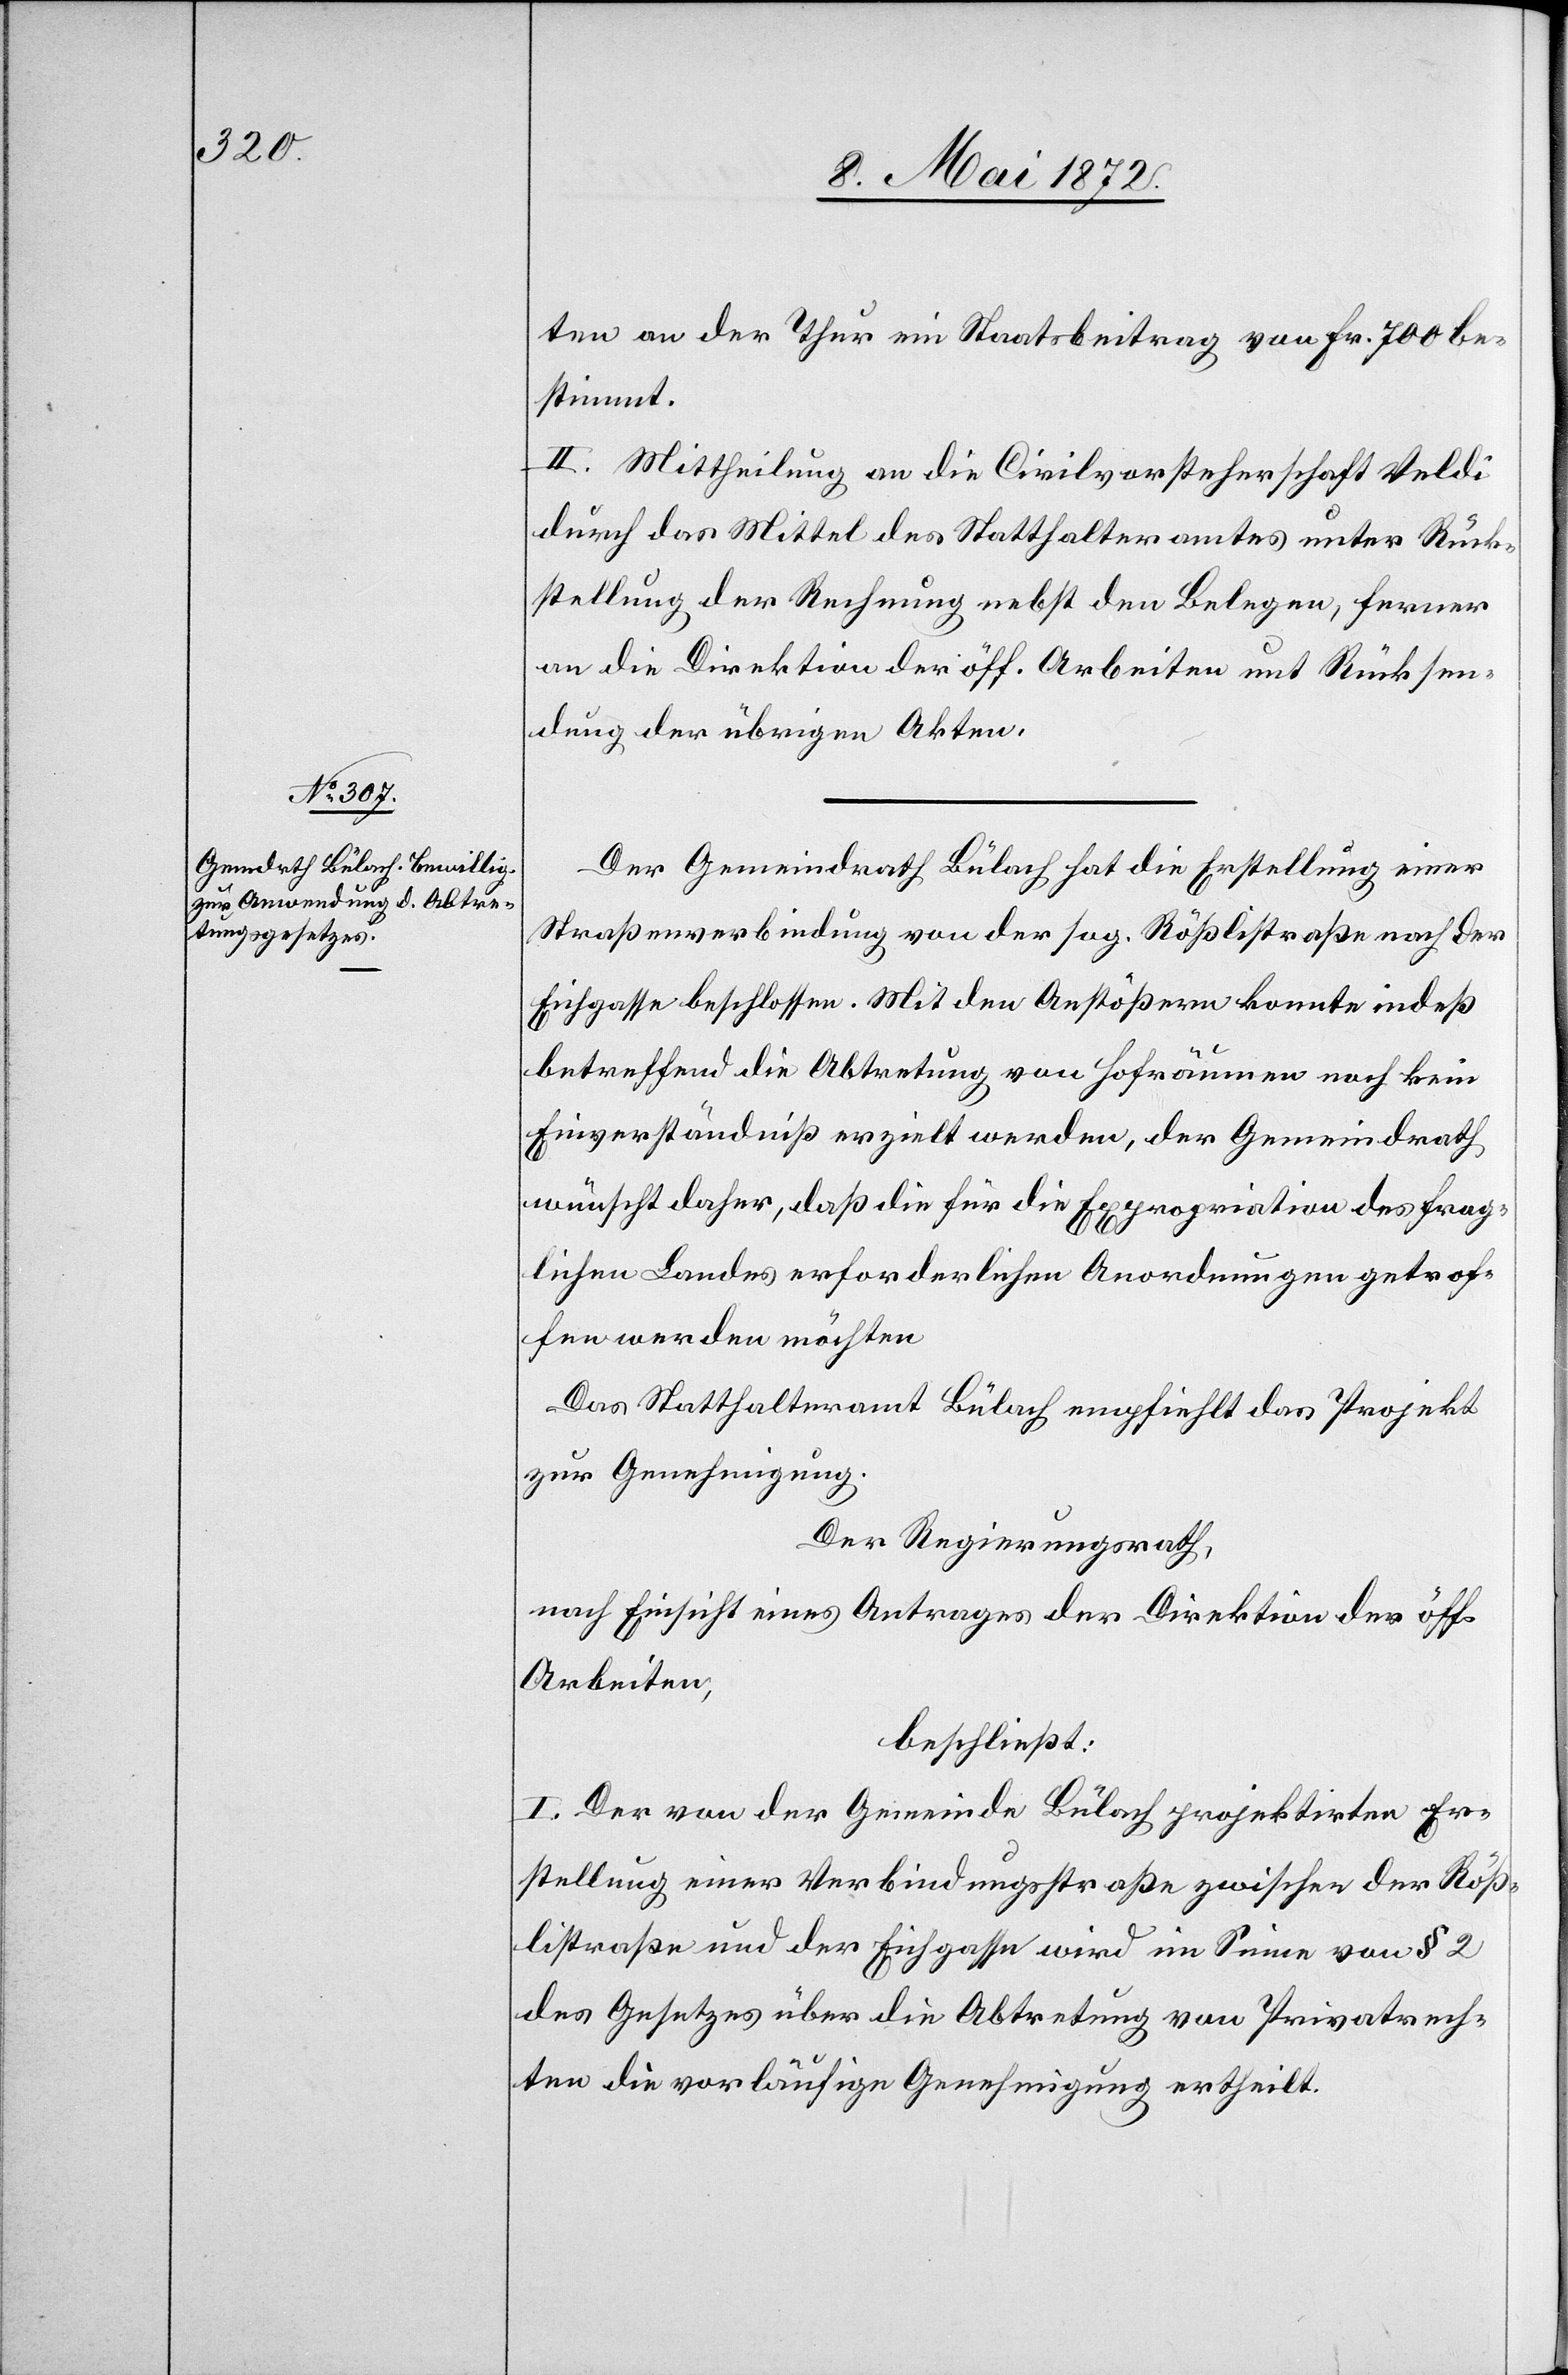
ten an der Thur ein Staatsbeitrag von Fr. 700 be¬
stimmt.
II. Mittheilung an die Civilvorsteherschaft Veldi
durch das Mittel des Statthalteramtes unter Rück¬
stellung der Rechnung nebst den Belegen, ferner
an die Direktion der öff. Arbeiten und Rücksen¬
dung der übrigen Akten.
Der Gemeindrath Bülach hat die Erstellung einer
Straßenverbindung von der sog. Rößlistraße nach der
Euhgasse beschlossen. Mit den Anstößern konnte indeß
betreffend die Abtretung von Hofräumen noch kein
Einverständniß erzielt werden, der Gemeindrath
wünscht daher, daß die für die Expropriation des frag¬
lichen Landes erforderlichen Anordnungen getrof¬
fen werden möchten.
Das Statthalteramt Bülach empfiehlt das Projekt
zur Genehmigung.
Der Regierungsrath,
nach Einsicht eines Antrages der Direktion der öff.
Arbeiten,
beschließt:
I. Der von der Gemeinde Bülach projektirten Er¬
stellung einer Verbindungsstraße zwischen der Röß¬
listraße und der Eichgasse wird im Sinne von § 2
des Gesetzes über die Abtretung von Privatrech¬
ten die vorläufige Genehmigung ertheilt.